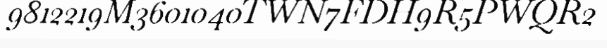
9812219M3601040TWN7FDH9R5PWQR2